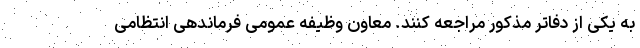
به یکی از دفاتر مذکور مراجعه کنند. معاون وظیفه عمومی فرماندهی انتظامی